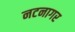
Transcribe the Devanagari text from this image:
नटनागर